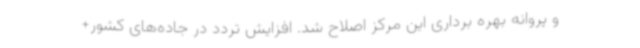
و پروانه بهره برداری این مرکز اصلاح شد. افزایش تردد در جاده‌های کشور+